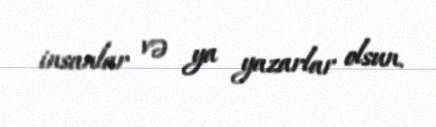
insanlar və ya yazarlar olsun.